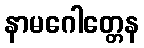
နာမဂေါတ္တေန